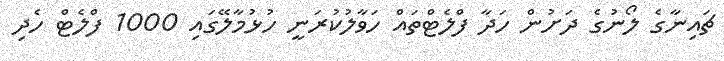
ޗައިނާގެ ލޯނުގެ ދަށުން ހަދާ ފްލެޓްތައް ހަވާލުކުރަނީ ހުޅުމާލޭގައި 1000 ފްލެޓް ހެދި